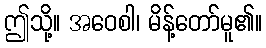
ဤသို့။ အဝေစါ၊ မိန့်တော်မူ၏။